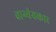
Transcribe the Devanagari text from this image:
वाग्येयकार